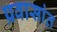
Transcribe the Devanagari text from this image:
प्रवासांत